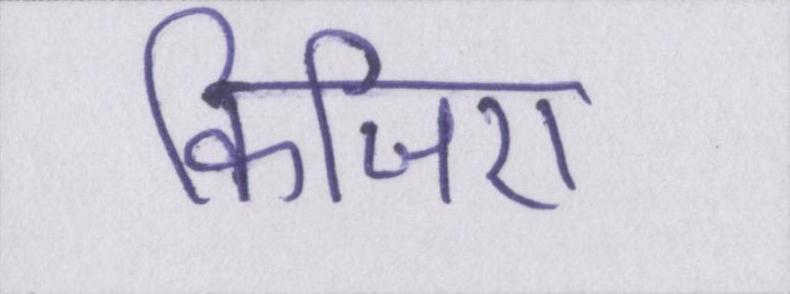
किजिए